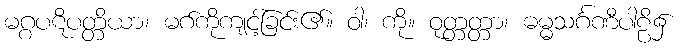
မဂ္ဂပဋိပတ္တိယာ၊ မဂ်ကိုကျင့်ခြင်း၏။ ဝါ၊ ကို။ ဝုတ္တတ္တာ၊ ဓမ္မသင်္ဂဏီပါဠိ၌